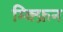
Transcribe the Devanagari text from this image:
म्क्फ्रिन